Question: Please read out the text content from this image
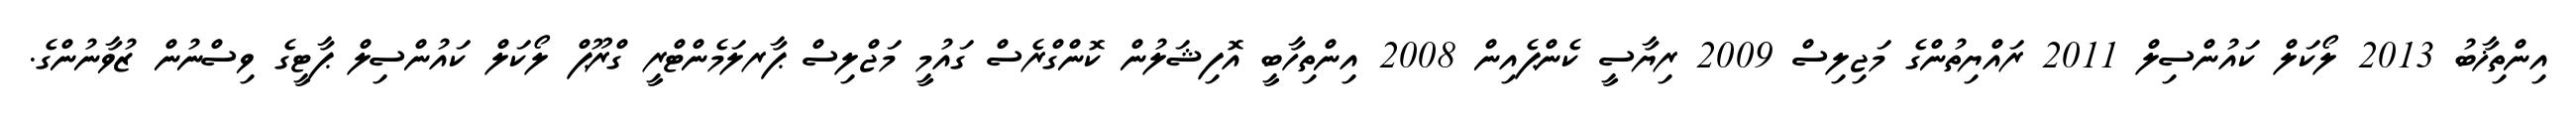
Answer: އިންތިޚާބު 2013 ލޯކަލް ކައުންސިލް 2011 ރައްޔިތުންގެ މަޖިލިސް 2009 ރިޔާސީ ކެންޕެއިން 2008 އިންތިހާބީ އޮފިޝަލުން ކޮންގްރެސް ގައުމީ މަޖްލިސް ޕާރލަމެންޓްރީ ގްރޫޕް ލޯކަލް ކައުންސިލް ޕާޓީގެ ވިސްނުން ޒުވާނުންގެ.